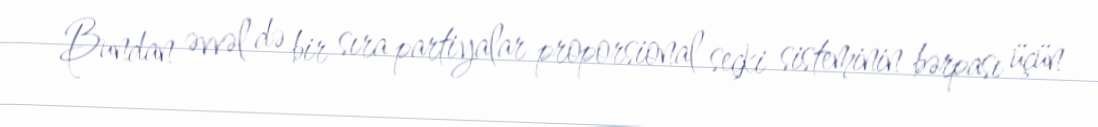
Bundan əvvəl də bir sıra partiyalar proporsional seçki sisteminin bərpası üçün